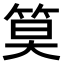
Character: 𫂁